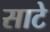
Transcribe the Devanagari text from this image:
साटे